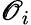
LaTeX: \mathscr{O}_{i}